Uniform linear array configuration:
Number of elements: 8
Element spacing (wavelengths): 0.5
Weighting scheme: kaiser
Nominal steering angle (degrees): -45
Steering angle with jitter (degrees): -44.165
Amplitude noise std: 0.05
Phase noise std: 0.05

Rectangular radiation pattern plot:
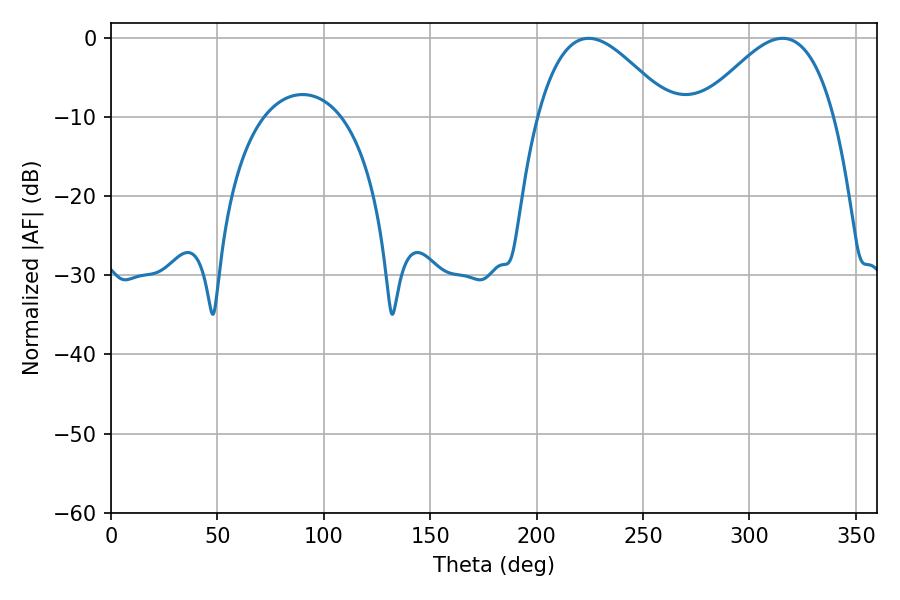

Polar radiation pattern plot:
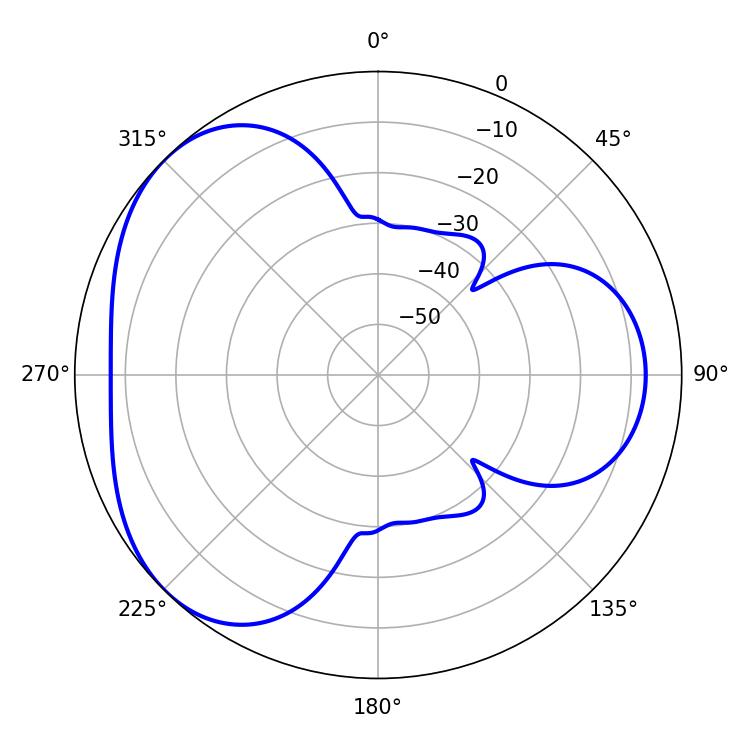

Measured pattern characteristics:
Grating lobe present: FALSE
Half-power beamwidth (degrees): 33.66
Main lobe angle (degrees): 224.46